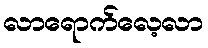
လာရောက်လေ့လာ